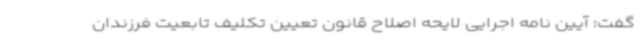
گفت: آیین نامه اجرایی لایحه اصلاح قانون تعیین تکلیف تابعیت فرزندان